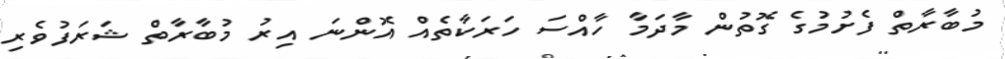
މުބާރާތް ފެށުމުގެ ގޮތުން މާދަމާ ހާއްސަ ހަރަކާތެއް އޮންނަ އިރު މުބާރާތް ޝަރަފުވެރި